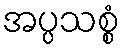
အပ္ပသစ္စံ